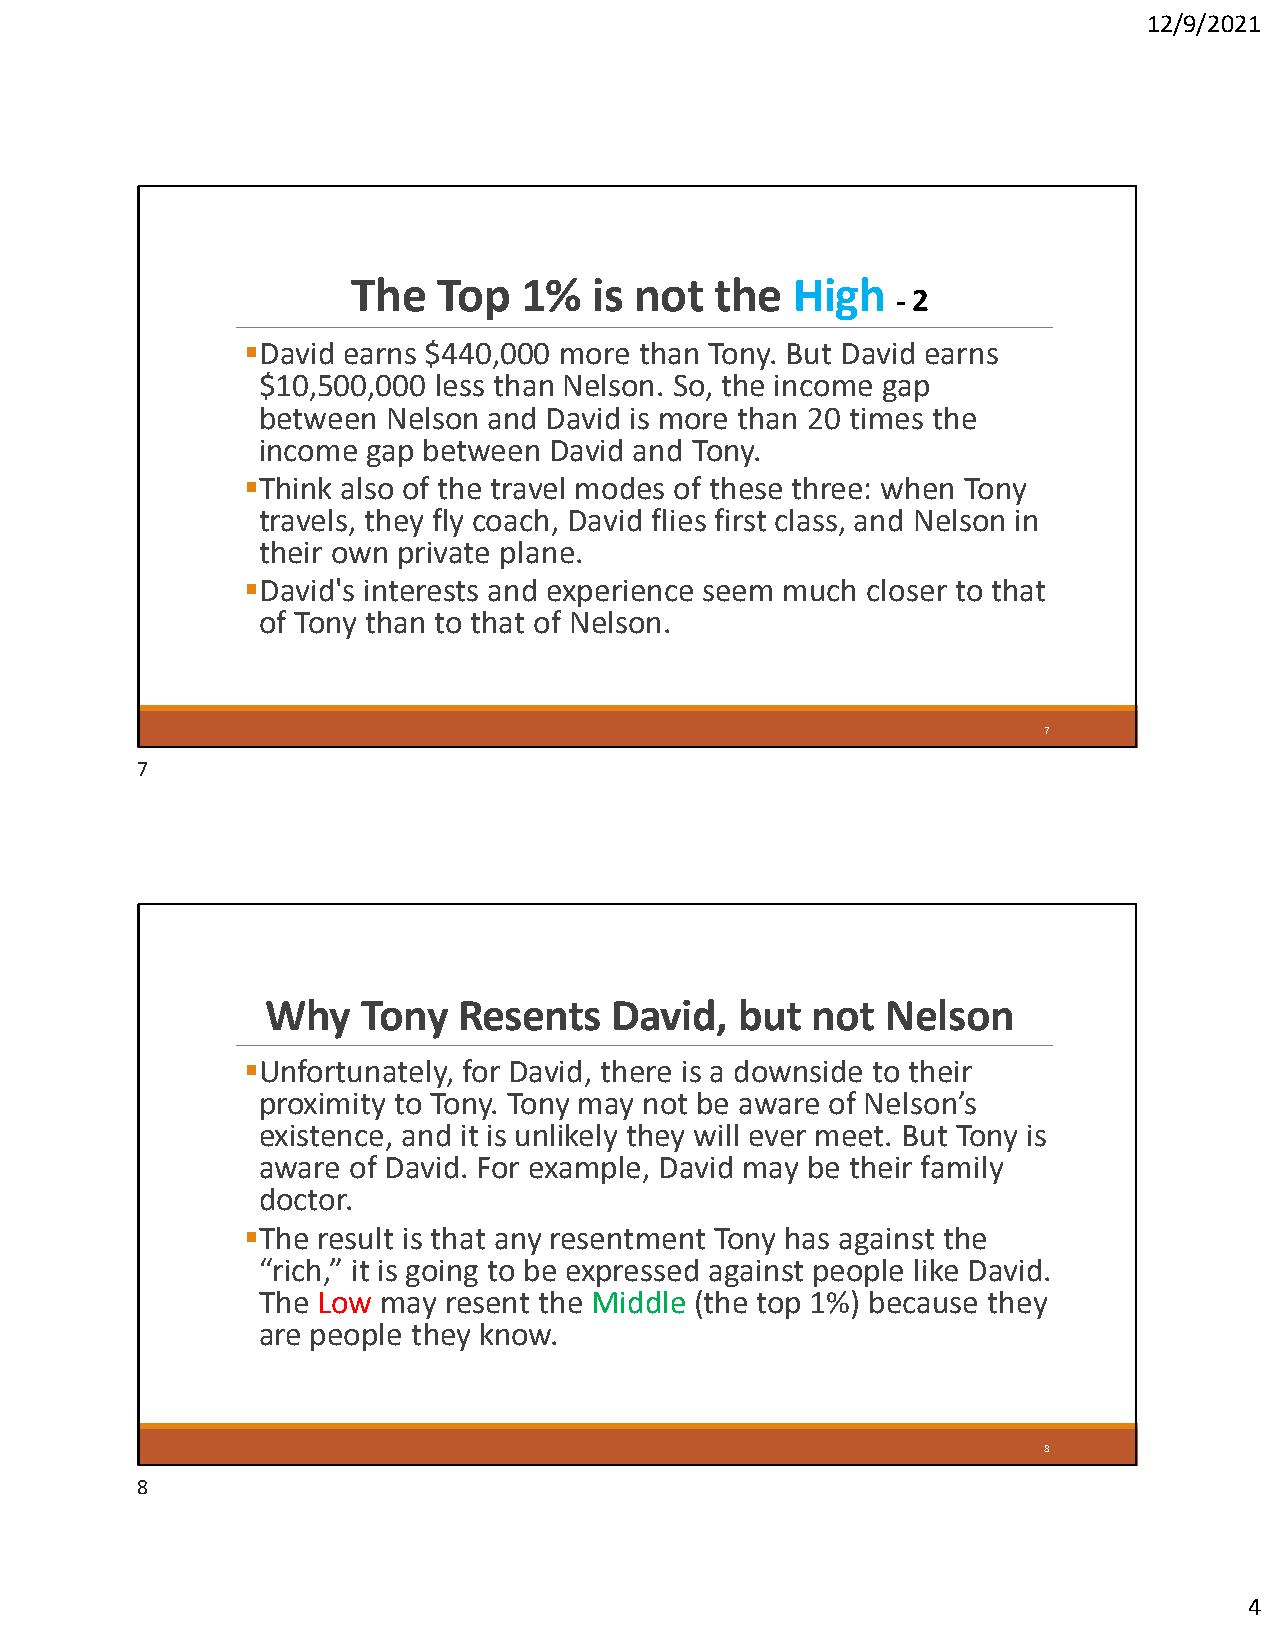
12/9/2021
 The   Top  1%   is not  the  High
 - 2
 David earns $440,000 more than Tony. But David earns
 $10,500,000 less than Nelson. So, the income gap
 between  Nelson and David is more than 20 times the
 income gap between David and Tony.
 Think also of the travel modes of these three: when Tony
 travels, they fly coach, David flies first class, and Nelson in
 their own private plane.
 David's interests and experience seem much closer to that
 of Tony than to that of Nelson.
 7
 7
 Why   Tony  Resents   David,   but  not  Nelson
 Unfortunately, for David, there is a downside to their
 proximity to Tony. Tony may not be aware of Nelson’s
 existence, and it is unlikely they will ever meet. But Tony is
 aware of David. For example, David may be their family
 doctor.
 The result is that any resentment Tony has against the
 “rich,” it is going to be expressed against people like David.
 The Low may resent the Middle (the top 1%) because they
 are people they know.
 8
 8
 4